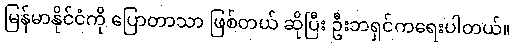
မြန်မာနိုင်ငံကို ပြောတာသာ ဖြစ်တယ် ဆိုပြီး ဦးဘရှင်ကရေးပါတယ်။